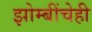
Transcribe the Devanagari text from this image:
झोम्बींचेही